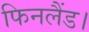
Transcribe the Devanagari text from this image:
फिनलैंड।